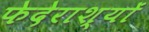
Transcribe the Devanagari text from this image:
फेदेराश्यों